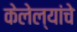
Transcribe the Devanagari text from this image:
केलेल्यांचे